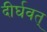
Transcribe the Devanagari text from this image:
दीर्घवत्‌